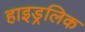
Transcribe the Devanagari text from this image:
हाइड्रलिक